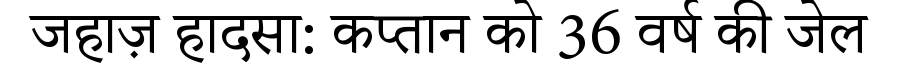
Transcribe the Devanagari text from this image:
जहाज़ हादसा: कप्तान को 36 वर्ष की जेल